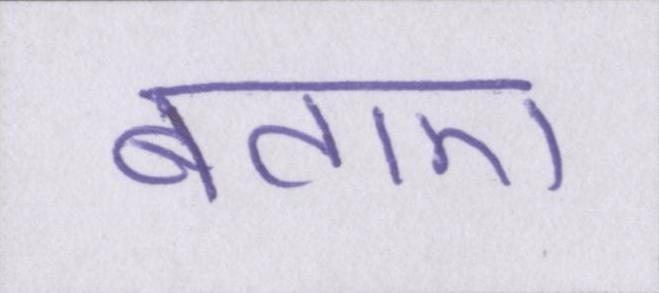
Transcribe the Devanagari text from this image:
बताए